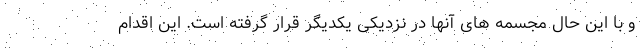
و با این حال مجسمه های آنها در نزدیکی یکدیگر قرار گرفته است. این اقدام